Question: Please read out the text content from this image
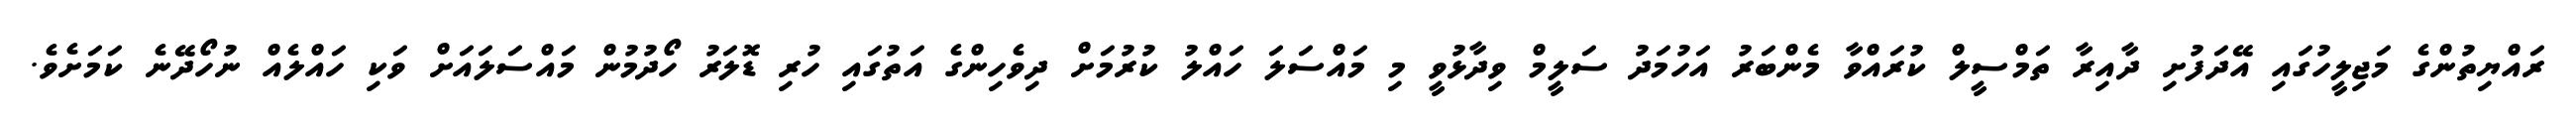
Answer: ރައްޔިތުންގެ މަޖިލީހުގައި އޭދަފުށި ދާއިރާ ތަމްސީލް ކުރައްވާ މެންބަރު އަހުމަދު ސަލީމް ވިދާޅުވީ މި މައްސަލަ ހައްލު ކުރުމަށް ދިވެހިންގެ އަތުގައި ހުރި ޑޮލަރު ހޯދުމުން މައްސަލައަށް ވަކި ހައްލެއް ނުހޯދޭނެ ކަމަށެވެ.